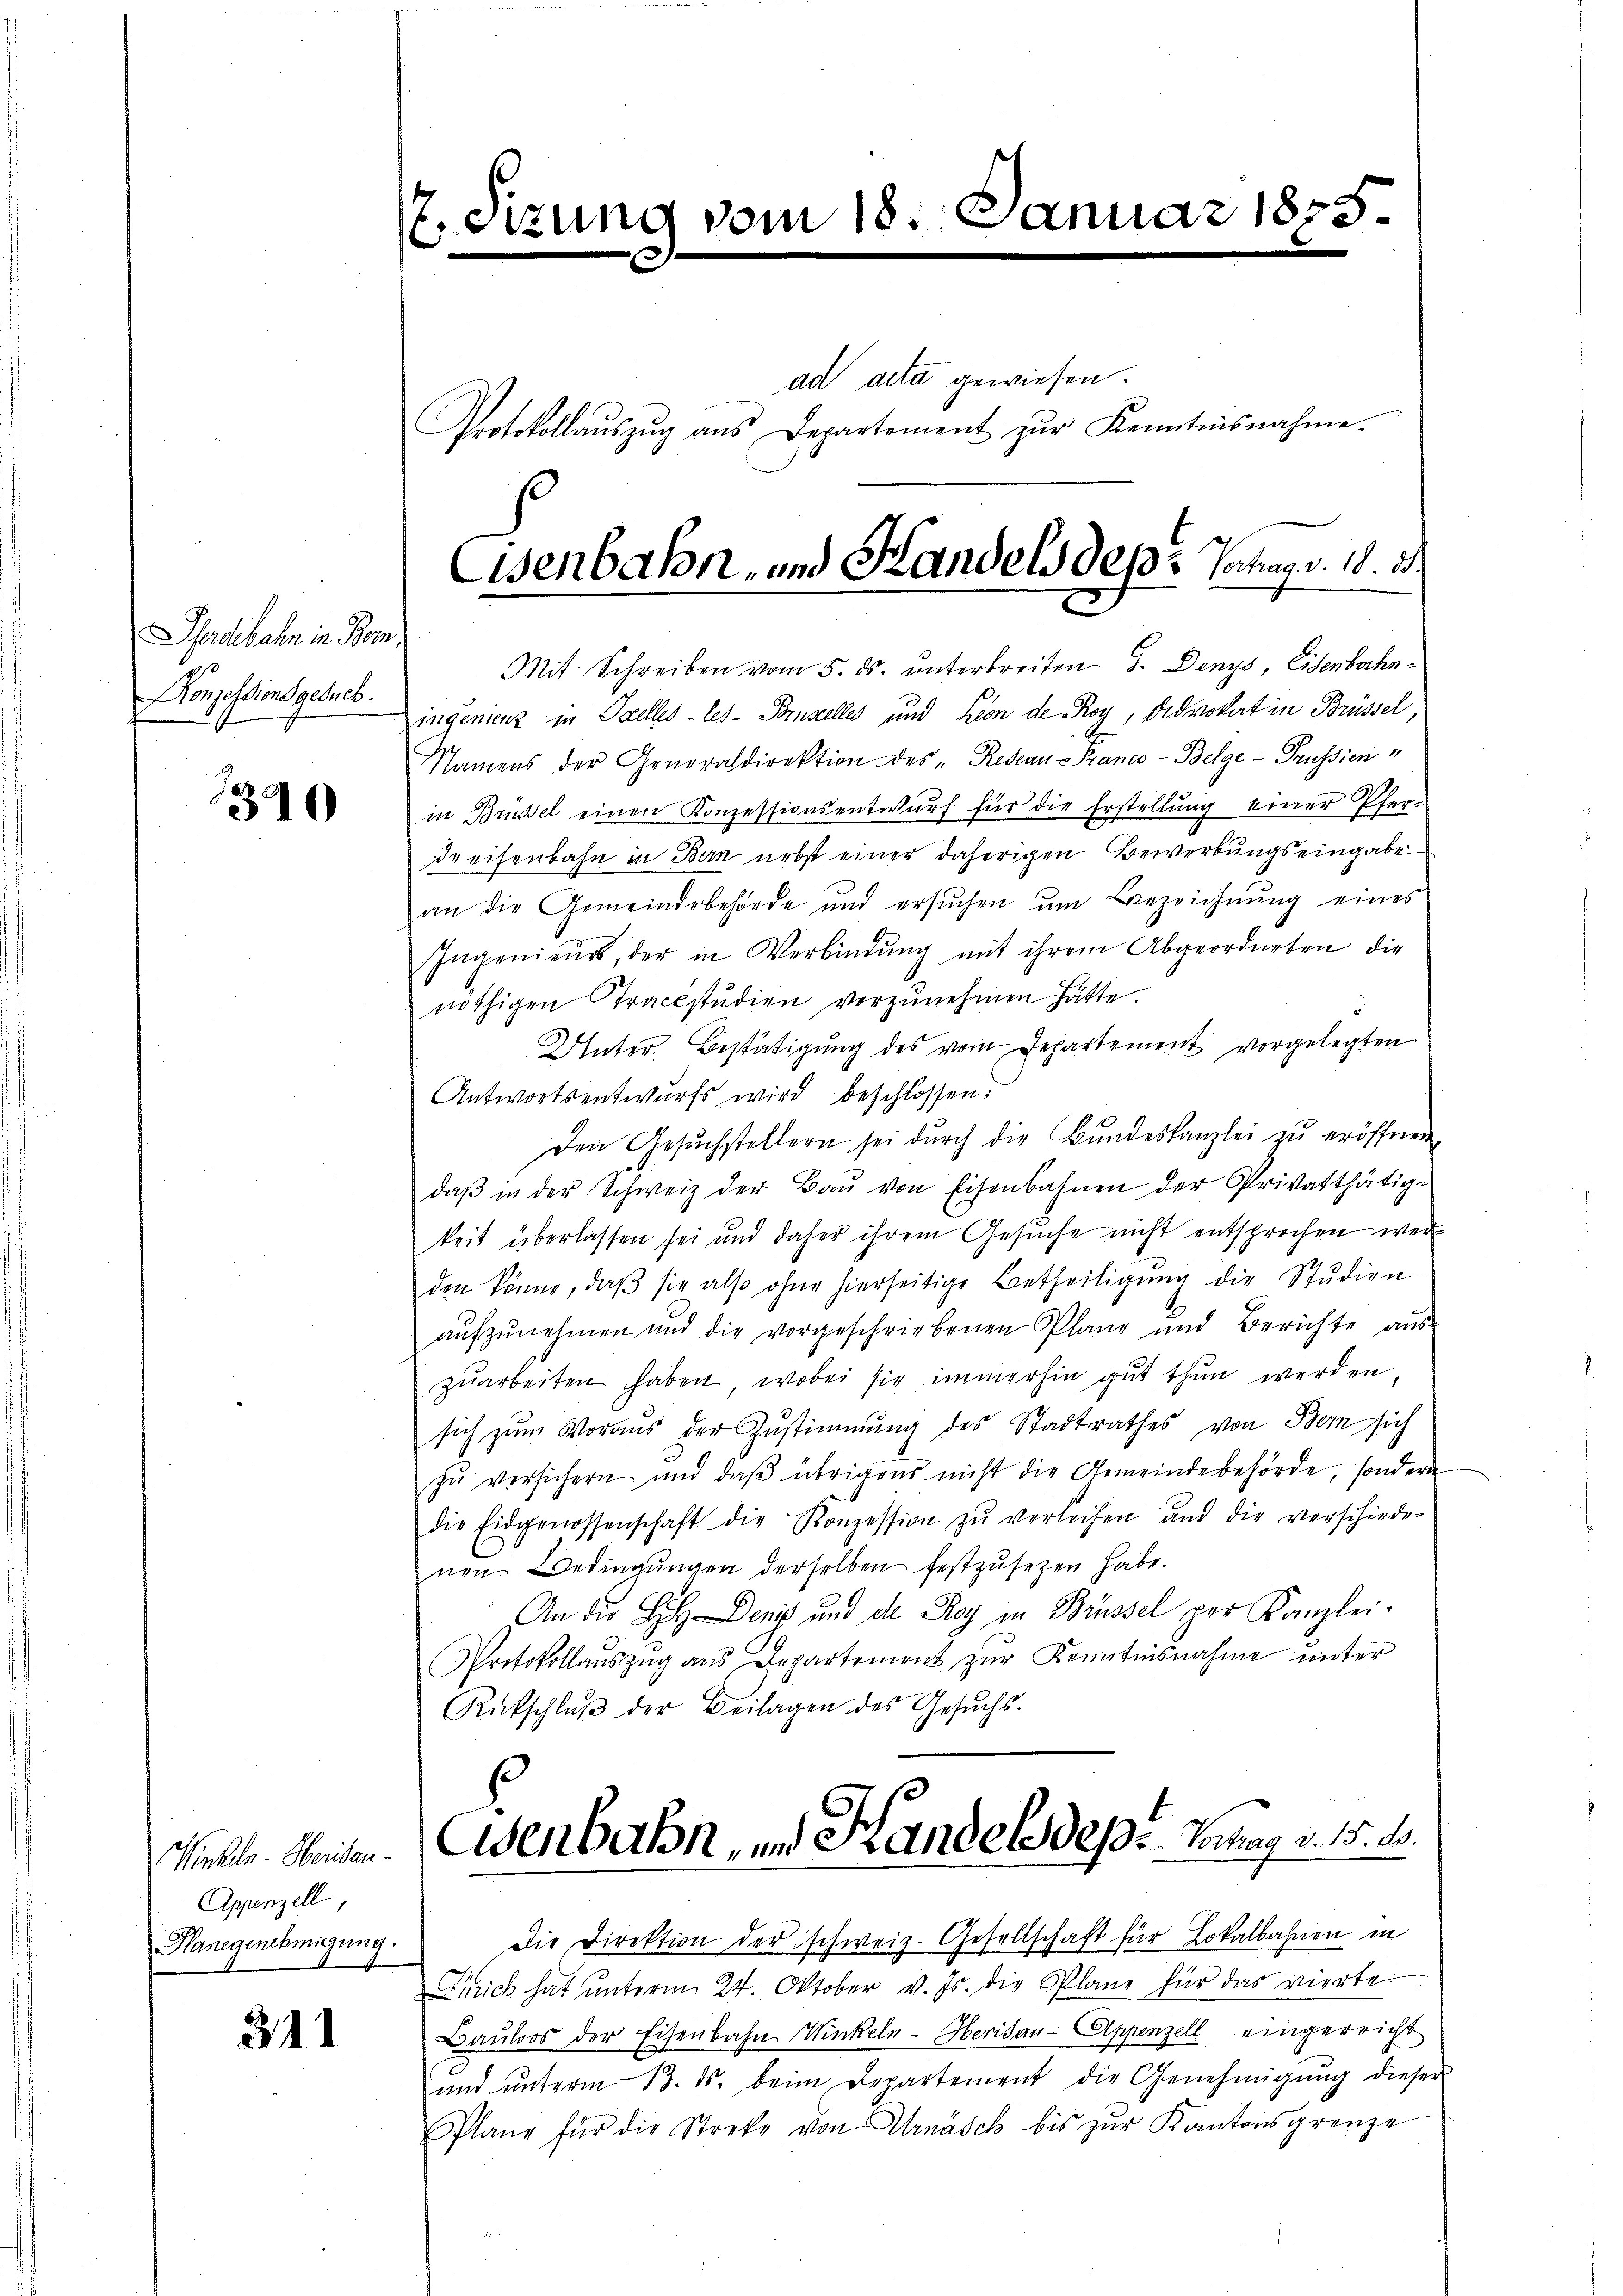
Pferdebahn in Bom
Konzessionsgesuch.

1390

Winkeln-Heridau¬
Appenzell,
Hanegenehmigung.

31

.

vom 18. Januar 1875

ad acta gewiesen.
Protokollaŭszŭg ans Departement zŭr Kenntnisnahme.
s
Eisenbahn- und Handels des Hochag v. 18. 15.

Mit Schreiben vom 5. ds. ŭnterbreiten S. Denys, Eisenbahningenienz in Szelles-les- Porzelles und Lion de Roy, Advokat in Brüssel
Namens der Generaldirektion des „Redian Kranco- Belge- Prussien
in Brüssel einen Konzessionsentwŭrf für die Erstellŭng einer Pfer-
dreisenbahn in Bern nebst einer daherigen Bewerbungseingabe
an die Gemeindebehörde und ersŭchen ŭm Bezeichnŭng eines
Ingenieurs, der in Verbindung mit ihrem Abgeordneten die
nöthigen Trackstudien vorzŭnehmen hätte.
Unter Bestätigung des vom Departement vorgelegten
Antwortsentwurfs wird beschlossen:
Den Gesuchstellern sei durch die Bundeskanzlei zu eröffnen,
daβ in der Schweiz der Baŭ von Eisenbahnen der Privatthätig-
keit überlassen sei und daher ihrem Gesuche nicht entsprochen wer
den könne, daβ sie also ohne hierseitige Betheiligŭng die Stŭdien
aŭfzŭnehmen und die vorgeschriebenen Plane und Berichte aŭs-
zuarbeiten haben, wobei sie immerhin gut thun werden
sich zŭm Voraus der Zustimmung des Stadtrathes von Bern sich
zŭ versichern und daβ übrigens nicht die Gemeindebehörde, sondern
die Eidgenossenschaft die Konzession zŭ verleihen und die verschieder
nen Bedingungen derselben festzusetzen habe.
An die Sch. Denis und die Roy in Brüssel per Kanzlei-
Protokollaŭszŭg ans Departement zŭr Kenntnisnahme unter
Rückschlŭβ der Beilagen des Gesŭchs-

Osenbahn, und Handels depr. Vortrag v. 15. ds.

Die Direktion der schweiz. Gesellschaft für Lokalbahnen in
Zürich hat unterm 24. Oktober v. Js. die Pläne für das vierte
Baŭloos der Eisenbahn Winkeln-Herisau-Appenzell eingereicht
und unterm 13. ds. beim Departement die Genehmigung dieser
Plane für die Streke von Urnäsch bis zŭr Kantonsgrenze